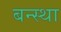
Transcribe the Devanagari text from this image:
बन्स्था